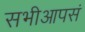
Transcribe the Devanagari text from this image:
सभीआपसं